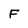
Character: F